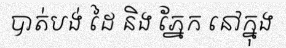
បាត់បង់ ដៃ និង ភ្នែក នៅក្នុង